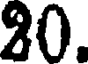
30.